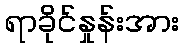
ရာခိုင်နှုန်းအား